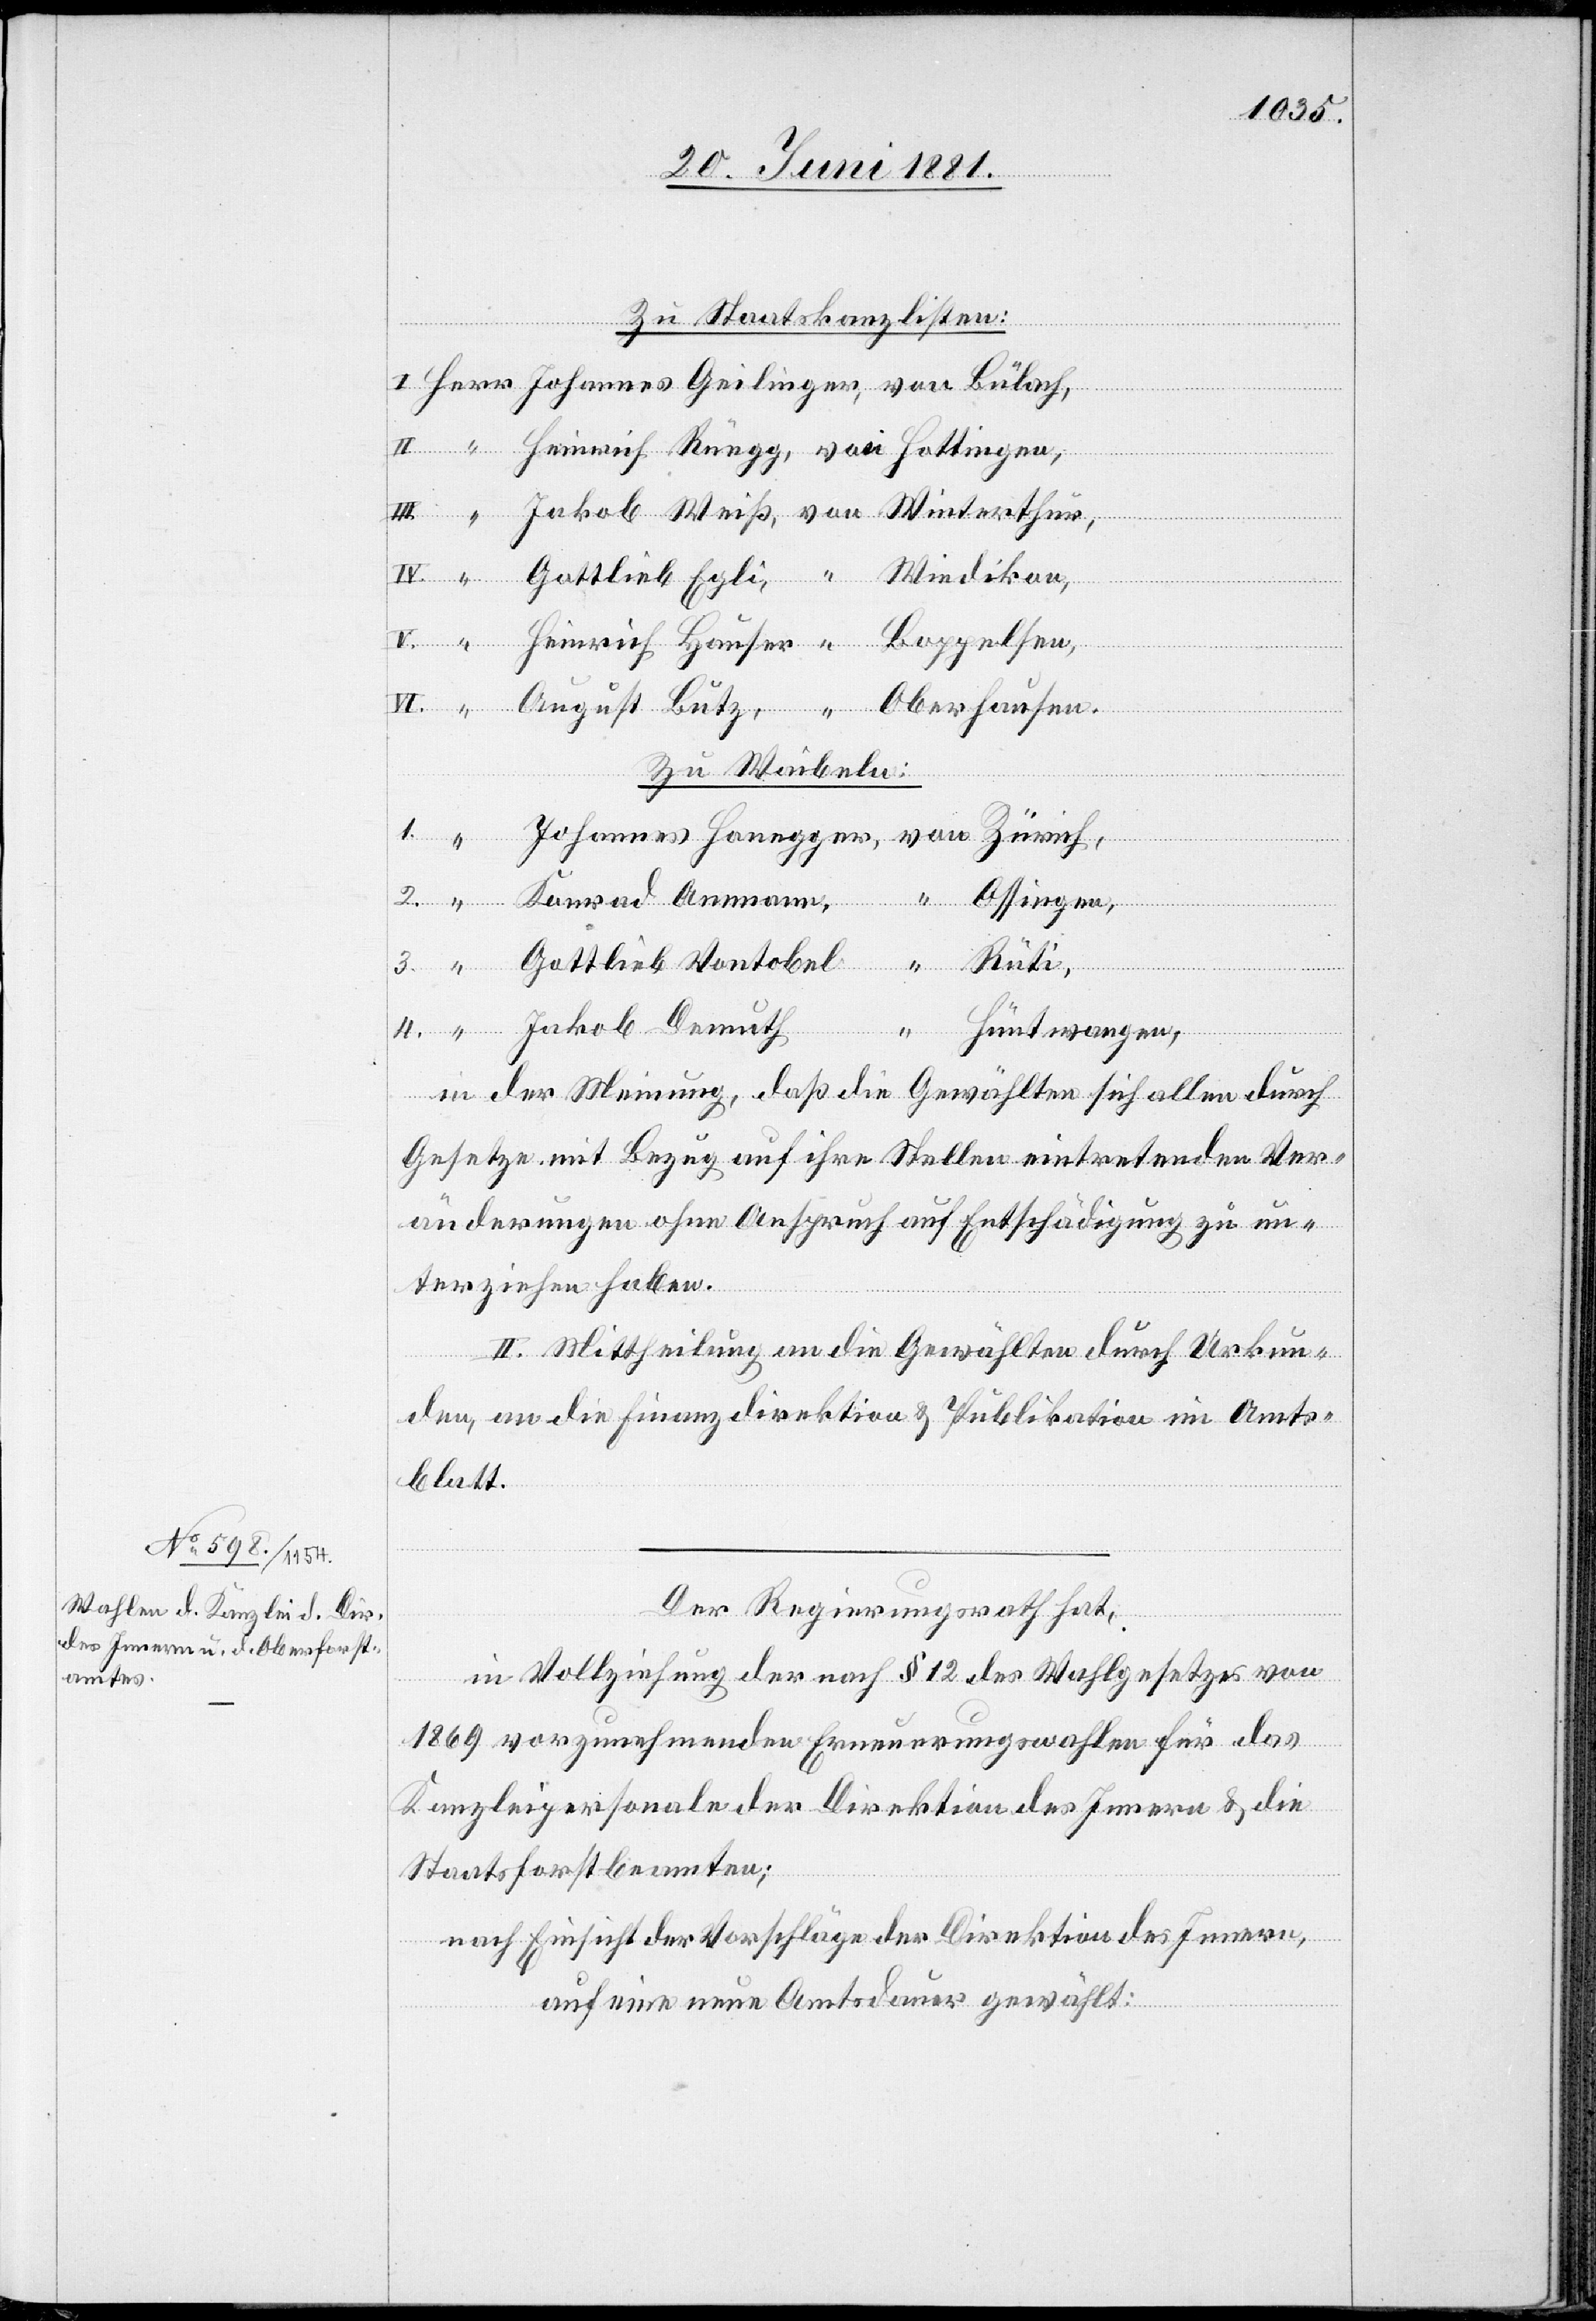
Ammann,
Zu Staatskanzlisten:
Rüti,
4.
Oberhausen.
Zu Waibeln:
Ossingen,
Gottlieb Vontobel,
Jakob Demuth,
“
August
Butz,
Hüntwangen,
in der Meinung, daß die Gewählten sich allen durch
Gesetze mit Bezug auf ihre Stellen eintretenden Ver¬
änderungen ohne Anspruch auf Entschädigung zu un¬
terziehen haben.
II. Mittheilung an die Gewählten durch Urkun¬
den, an die Finanzdirektion & Publikation im Amts¬
blatt.
Der Regierungsrath hat,
in Vollziehung der nach § 12 des Wahlgesetzes von
1869 vorzunehmenden Erneuerungswahlen für das
Kanzleipersonale der Direktion des Innern & die
Staatsforstbeamten;
nach Einsicht der Vorschläge der Direktion des Innern,
auf eine neue Amtsdauer gewählt: